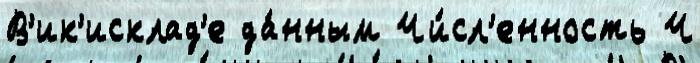
В'ик'исклад'е да́нным Чи́сл'енность Ч